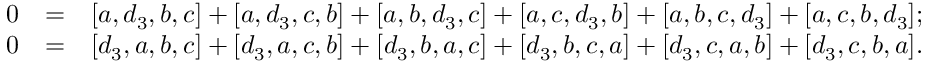
\begin{array} { r l r } { 0 } & { = } & { [ a , d _ { 3 } , b , c ] + [ a , d _ { 3 } , c , b ] + [ a , b , d _ { 3 } , c ] + [ a , c , d _ { 3 } , b ] + [ a , b , c , d _ { 3 } ] + [ a , c , b , d _ { 3 } ] ; } \\ { 0 } & { = } & { [ d _ { 3 } , a , b , c ] + [ d _ { 3 } , a , c , b ] + [ d _ { 3 } , b , a , c ] + [ d _ { 3 } , b , c , a ] + [ d _ { 3 } , c , a , b ] + [ d _ { 3 } , c , b , a ] . } \end{array}